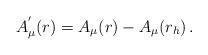
LaTeX: \begin{align*}A_\mu^{'}(r) = A_\mu(r) - A_\mu(r_h) \, .\end{align*}